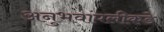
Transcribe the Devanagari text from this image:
अनुभवांपलीकडे